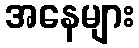
အနေများ